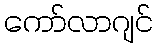
ကော်လာဂျင်